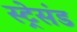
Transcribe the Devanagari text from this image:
स्ट्रेसंड